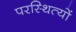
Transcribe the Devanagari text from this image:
परस्थित्यों